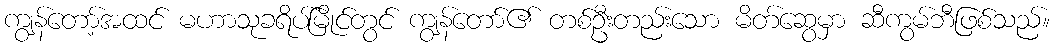
ကျွန်တော့်အထင် မဟာသုခရိပ်မြိုင်တွင် ကျွန်တော်၏ တစ်ဦးတည်းသော မိတ်ဆွေမှာ ဆီကွမ်ဘီဖြစ်သည်။